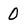
Character: 0